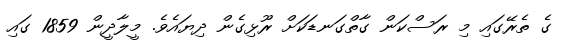
ގެ ތެރޭގައި މި ރަސްކަން ގާތްގަނޑަކަށް ރޫޅިގެން ދިޔައެވެ. މީލާދީން 1859 ގައި